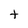
Character: t